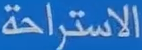
الاستراحة